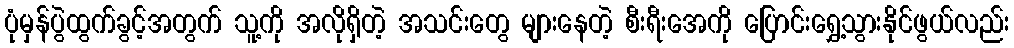
ပုံမှန်ပွဲထွက်ခွင့်အတွက် သူ့ကို အလိုရှိတဲ့ အသင်းတွေ များနေတဲ့ စီးရီးအေကို ပြောင်းရွှေ့သွားနိုင်ဖွယ်လည်း